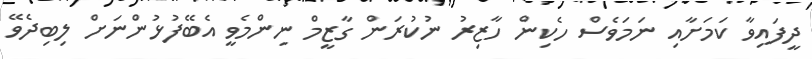
ދީފައިވާ ކަމަށާއި ނަމަވެސް ހެކިން ހާޒިރު ނުކުރަން ގާޒީމް ނިންމެވީ އެބޭފުޅުންނަށް ލިބިދެވޭ